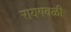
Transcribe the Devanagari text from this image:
रायगवळी